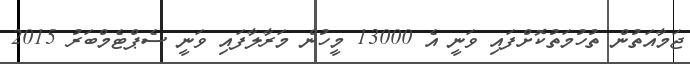
ޖަމާއަތުން ތުހުމަތުކޮށްފައި ވަނީ އެ 13000 މީހުން މަރާލާފައި ވަނީ ސެޕްޓެމްބަރު 2015